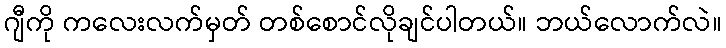
ဂျီကို ကလေးလက်မှတ် တစ်စောင်လိုချင်ပါတယ်။ ဘယ်လောက်လဲ။